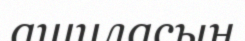
ашуласын